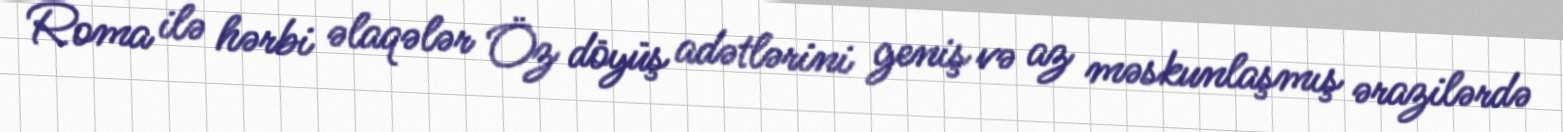
Roma ilə hərbi əlaqələr Öz döyüş adətlərini geniş və az məskunlaşmış ərazilərdə